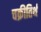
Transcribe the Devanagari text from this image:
चक्रीतिर्थ